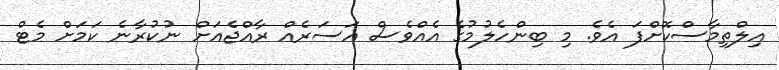
އިލްތިމާސްކޮށްފަ އެވެ. މި ބިންހެލުމުގެ އެއްވެސް އަސަރެއް ރާއްޖެއަށް ނުކުރާނެ ކަމަށް މެޓް